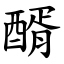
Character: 醑